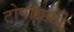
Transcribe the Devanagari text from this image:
टोपॉग्रफ़ी